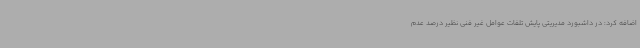
اضافه کرد: در داشبورد مدیریتی پایش تلفات عوامل غیر فنی نظیر درصد عدم